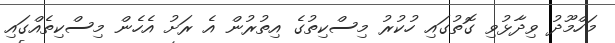
މަހްމޫދު ވިދާޅުވި ގޮތުގައި ހުކުރު މިސްކިތުގެ އިތުރުން އެ ރަށު އެހެން މިސްކިތެއްގައި